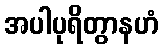
အပါပုရိတွာနဟံ